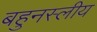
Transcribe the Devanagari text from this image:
बहुनस्लीय